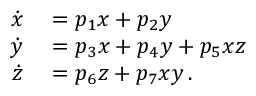
\begin{array} { r l } { \dot { x } } & { { } = p _ { 1 } x + p _ { 2 } y } \\ { \dot { y } } & { { } = p _ { 3 } x + p _ { 4 } y + p _ { 5 } x z } \\ { \dot { z } } & { { } = p _ { 6 } z + p _ { 7 } x y \, . } \end{array}